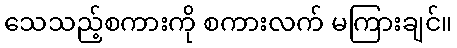
သေသည့်စကားကို စကားလက် မကြားချင်။